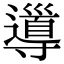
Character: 𡭎